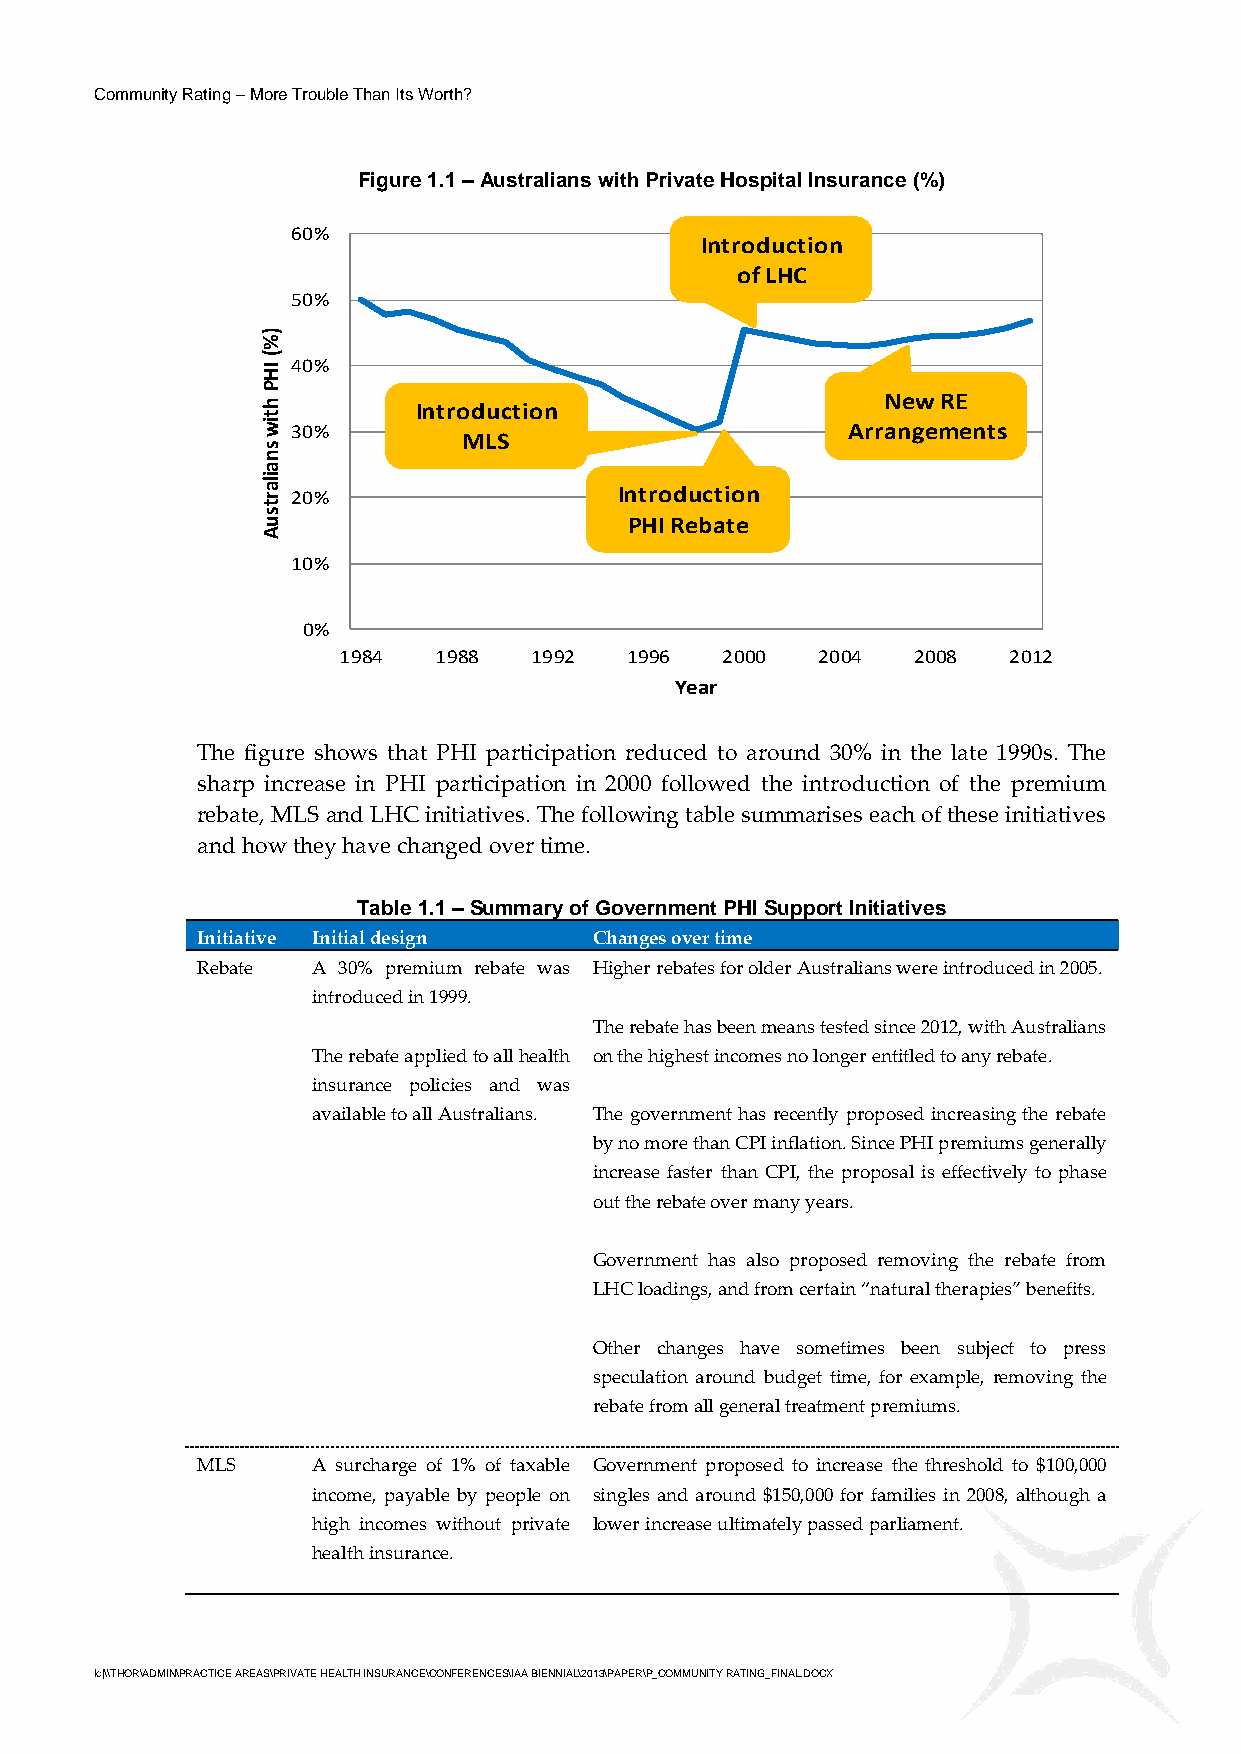
Community Rating – More Trouble Than Its Worth?
 Figure 1.1 – Australians with Private Hospital Insurance (%)
 60%
 Introduction
 of LHC
 50%
 )
 %
 (
 IH 40%
 P
 h          Introduction
 New RE
 t
 iw 30%                                 Arrangements
 s
 MLS
 n
 a
 ila
 r 20%                   Introduction
 t
 s
 u                        PHI Rebate
 A
 10%
 0%
 1984   1988  1992  1996   2000  2004  2008   2012
 Year
 The figure shows that PHI participation reduced to around 30% in the late 1990s. The
 sharp increase in PHI participation in 2000 followed the introduction of the premium
 rebate, MLS and LHC initiatives. The following table summarises each of these initiatives
 and how they have changed over time.
 Table 1.1 – Summary of Government PHI Support Initiatives
 Initiative Initial design Changes over time
 Rebate  A 30% premium rebate was Higher rebates for older Australians were introduced in 2005.
 introduced in 1999.
 The rebate has been means tested since 2012, with Australians
 The rebate applied to all health on the highest incomes no longer entitled to any rebate.
 insurance policies and was
 available to all Australians. The government has recently proposed increasing the rebate
 by no more than CPI inflation. Since PHI premiums generally
 increase faster than CPI, the proposal is effectively to phase
 out the rebate over many years.
 Government has also proposed removing the rebate from
 LHC loadings, and from certain “natural therapies” benefits.
 Other changes have sometimes been subject to press
 speculation around budget time, for example, removing the
 rebate from all general treatment premiums.
 MLS     A surcharge of 1% of taxable Government proposed to increase the threshold to $100,000
 income, payable by people on singles and around $150,000 for families in 2008, although a
 high incomes without private lower increase ultimately passed parliament.
 health insurance.
 lc|\\THOR\ADMIN\PRACTICE AREAS\PRIVATE HEALTH INSURANCE\CONFERENCES\IAA BIENNIAL\2013\PAPER\P_COMMUNITY RATING_FINAL.DOCX